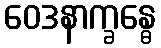
ဝေဒနာက္ခန္ဓေ